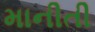
માનીતી